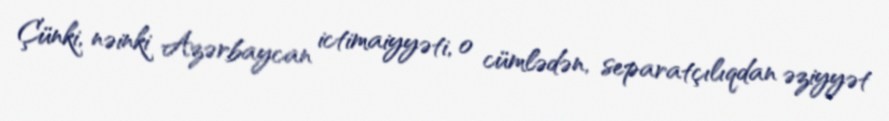
Çünki, nəinki Azərbaycan ictimaiyyəti, o cümlədən, separatçılıqdan əziyyət